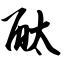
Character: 酞